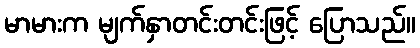
မာမားက မျက်နှာတင်းတင်းဖြင့် ပြောသည်။